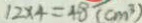
1 2 \times 4 = 4 8 ( c m ^ { 3 } )